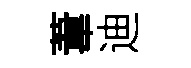
葦迪